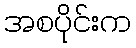
အစပိုင်းက